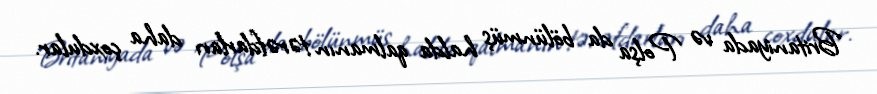
Britaniyada və Polşa da bölünmüş halda qalmanın tərəfdarları daha çoxdular.